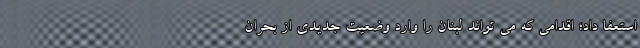
استعفا داد؛ اقدامی که می تواند لبنان را وارد وضعیت جدیدی از بحران